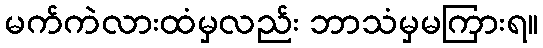
မက်ကဲလားထံမှလည်း ဘာသံမှမကြားရ။